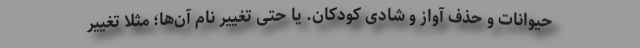
حیوانات و حذف آواز و شادی کودکان. یا حتی تغییر نام آن‌ها؛ مثلا تغییر